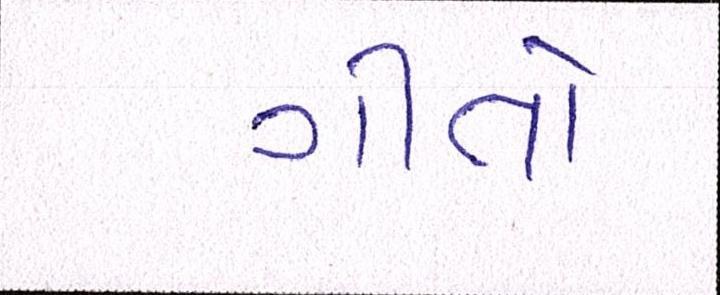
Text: ગીતો